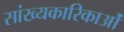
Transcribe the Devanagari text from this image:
सांख्यकारिकाओं